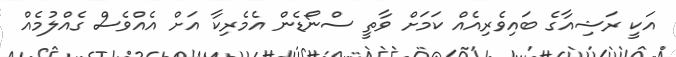
އަކީ ރަޝިއާގެ ބައިވެރިއެއް ކަމަށް ވާތީ ސްނޯޑެން އެމެރިކާ އަށް އެއްވެސް ގެއްލުމެއް